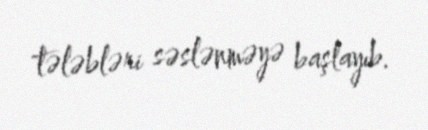
tələbləri səslənməyə başlayıb.